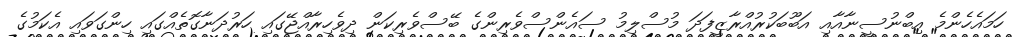
ހަމައެހެންމެ އިބްނުސީނާއާއި އަބޫބަކުރުއްރާޒީފަދަ މުސްލިމު ސައެންސްވެރިންގެ ބޭސްވެރިކަން ދިވެހިރާއްޖޭގައި ހަރުދަނާގޮތެއްގައި ހިންގަވައި އެކަމުގެ